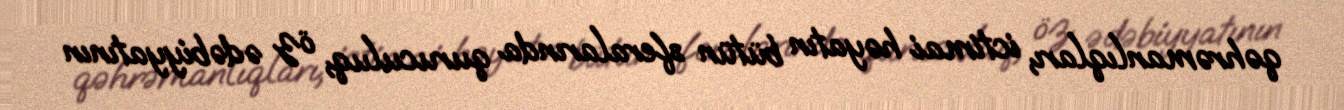
qəhrəmanlıqları, ictimai həyatın bütün sferalarında quruculuq, öz ədəbiyyatının